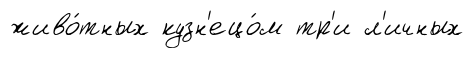
живо́тных кузн'ецо́м тр'и л'ичных